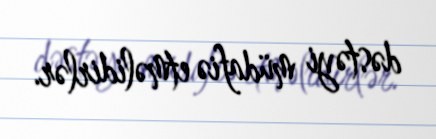
dəstəyi müdafiə etməlidirlər.